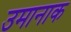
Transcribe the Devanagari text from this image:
उमानाक